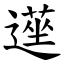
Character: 遳